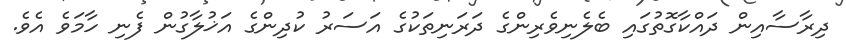
ދިރާސާއިން ދައްކާގޮތުގައި ބެލެނިވެރިންގެ ދަރަނިތަކުގެ އަސަރު ކުދިންގެ އަޚުލާގުން ފެނި ހާމަވެ އެވެ.